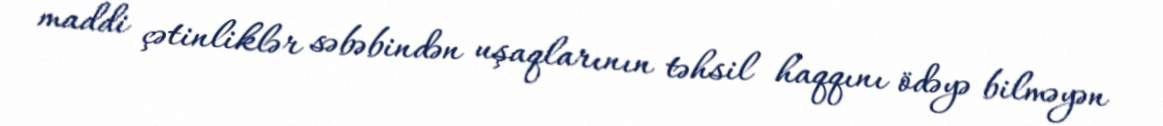
maddi çətinliklər səbəbindən uşaqlarının təhsil haqqını ödəyə bilməyən